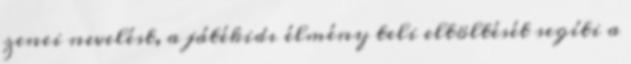
zenei nevelést, a játékidı élmény teli eltöltését segíti a